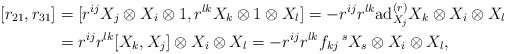
\begin{align*}[r_{21},r_{31}]&=[r^{ij}X_{j}\otimes X_{i}\otimes 1, r^{lk} X_{k}\otimes 1\otimes X_{l}]=-r^{ij}r^{lk} \mathrm{ad}^{(r)}_{X_{j}}X_{k}\otimes X_{i}\otimes X_{l}\\&= r^{ij}r^{lk} [X_{k},X_{j}]\otimes X_{i}\otimes X_{l}=-r^{ij}r^{lk}f_{kj}\,^{s}X_{s} \otimes X_{i}\otimes X_{l},\end{align*}